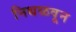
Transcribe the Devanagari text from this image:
निथळवून